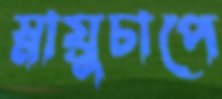
স্নায়ুচাপে